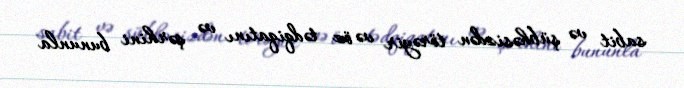
sabit və şübhəsizdən törəyir və öz tədqiqatını və şərhini bununla